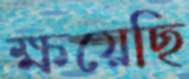
ক্ষয়েছি